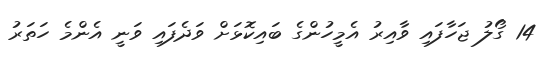
14 ގޯލު ޖަހާފައި ވާއިރު އެމީހުންގެ ބައިކޮޅަށް ވަދެފައި ވަނީ އެންމެ ހަތަރު